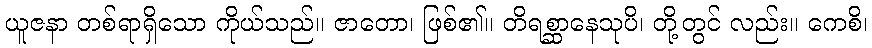
ယူဇနာ တစ်ရာရှိသော ကိုယ်သည်။ ဇာတော၊ ဖြစ်၏။ တိရစ္ဆာနေသုပိ၊ တို့တွင် လည်း။ ကေစိ၊